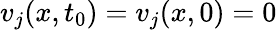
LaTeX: v_{j}(x,t_{0})=v_{j}(x,0)=0